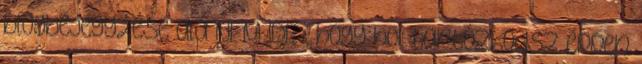
blogbejegyzése alá NEM IDE , hogy hol tartózkodsz éppen